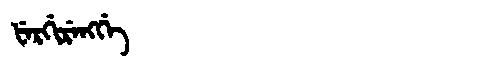
Manchu: ᡶᡝᡵᡤᡳᡵᡝᠩᡤᡝ
Romanization: FERGIRENGGE